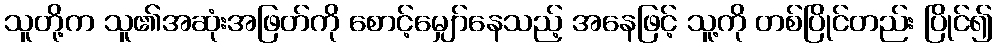
သူတို့က သူ၏အဆုံးအဖြတ်ကို စောင့်မျှော်နေသည့် အနေဖြင့် သူ့ကို တစ်ပြိုင်တည်း ပြိုင်၍